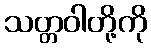
သတ္တဝါတို့ကို